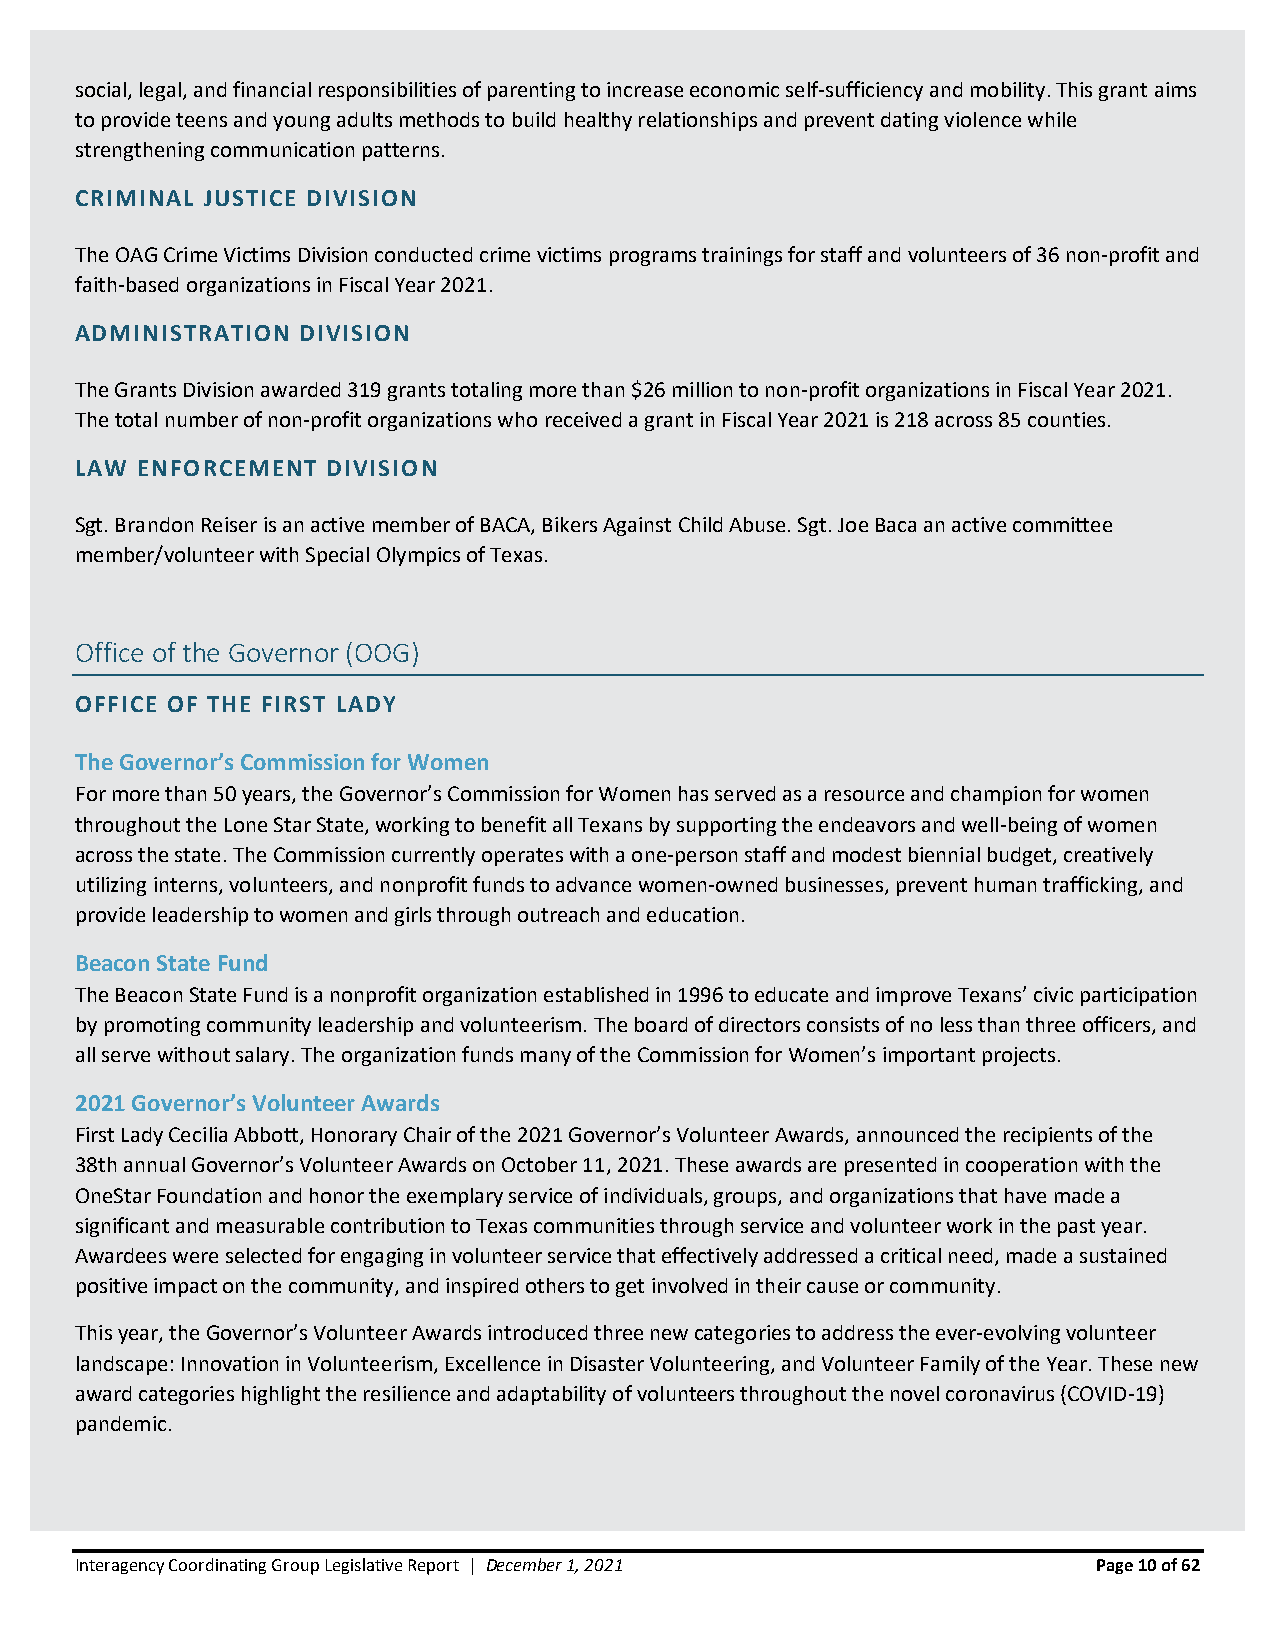
social, legal, and financial responsibilities of parenting to increase economic self-sufficiency and mobility. This grant aims
 to provide teens and young adults methods to build healthy relationships and prevent dating violence while
 strengthening communication patterns.
 CRIMINAL JUSTICE DIVISION
 The OAG Crime Victims Division conducted crime victims programs trainings for staff and volunteers of 36 non-profit and
 faith-based organizations in Fiscal Year 2021.
 ADMINISTRATION DIVISION
 The Grants Division awarded 319 grants totaling more than $26 million to non-profit organizations in Fiscal Year 2021.
 The total number of non-profit organizations who received a grant in Fiscal Year 2021 is 218 across 85 counties.
 LAW ENFORCEMENT  DIVISION
 Sgt. Brandon Reiser is an active member of BACA, Bikers Against Child Abuse. Sgt. Joe Baca an active committee
 member/volunteer with Special Olympics of Texas.
 Office of the Governor (OOG)
 OFFICE OF THE FIRST LADY
 The Governor’s Commission for Women
 For more than 50 years, the Governor’s Commission for Women has served as a resource and champion for women
 throughout the Lone Star State, working to benefit all Texans by supporting the endeavors and well-being of women
 across the state. The Commission currently operates with a one-person staff and modest biennial budget, creatively
 utilizing interns, volunteers, and nonprofit funds to advance women-owned businesses, prevent human trafficking, and
 provide leadership to women and girls through outreach and education.
 Beacon State Fund
 The Beacon State Fund is a nonprofit organization established in 1996 to educate and improve Texans’ civic participation
 by promoting community leadership and volunteerism. The board of directors consists of no less than three officers, and
 all serve without salary. The organization funds many of the Commission for Women’s important projects.
 2021 Governor’s Volunteer Awards
 First Lady Cecilia Abbott, Honorary Chair of the 2021 Governor’s Volunteer Awards, announced the recipients of the
 38th annual Governor’s Volunteer Awards on October 11, 2021. These awards are presented in cooperation with the
 OneStar Foundation and honor the exemplary service of individuals, groups, and organizations that have made a
 significant and measurable contribution to Texas communities through service and volunteer work in the past year.
 Awardees were selected for engaging in volunteer service that effectively addressed a critical need, made a sustained
 positive impact on the community, and inspired others to get involved in their cause or community.
 This year, the Governor’s Volunteer Awards introduced three new categories to address the ever-evolving volunteer
 landscape: Innovation in Volunteerism, Excellence in Disaster Volunteering, and Volunteer Family of the Year. These new
 award categories highlight the resilience and adaptability of volunteers throughout the novel coronavirus (COVID-19)
 pandemic.
 Interagency Coordinating Group Legislative Report | December 1, 2021 Page 10 of 62